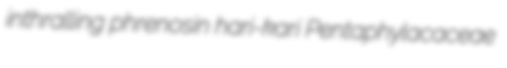
inthralling phrenosin hari-kari Pentaphylacaceae